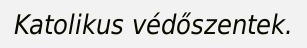
Katolikus védőszentek.